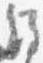
経